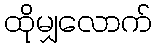
ထိုမျှလောက်